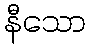
နီသော